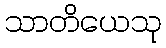
သာတိယေသု